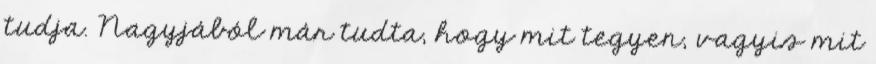
tudja. Nagyjából már tudta, hogy mit tegyen, vagyis mit